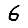
Digit: 6